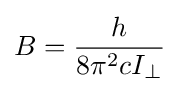
B={h \over {8\pi ^{2}cI_{\perp }}}